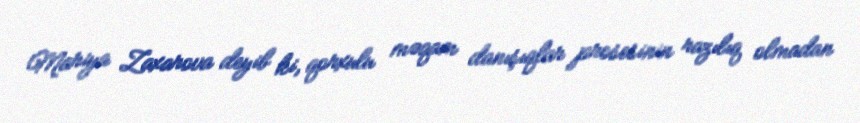
Mariya Zaxarova deyib ki, qorxulu məqam danışıqlar prosesinin razılıq olmadan